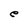
Character: e